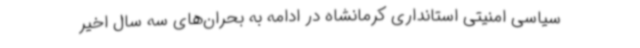
سیاسی امنیتی استانداری کرمانشاه در ادامه به بحران‌های سه سال اخیر